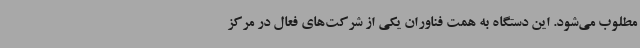
مطلوب می‌شود. این دستگاه به همت فناوران یکی از شرکت‌های فعال در مرکز